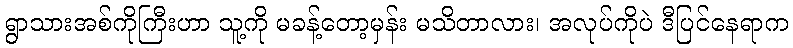
ရွာသားအစ်ကိုကြီးဟာ သူ့ကို မခန့်တော့မှန်း မသိတာလား၊ အလုပ်ကိုပဲ ဒီပြင်နေရာက